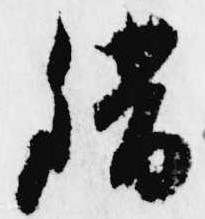
錯